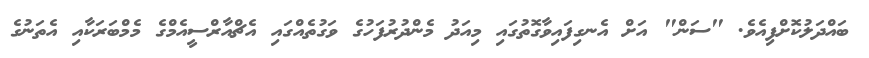
ބައްދަލުކޮށްފިއެވެ. "ސަން" އަށް އެނގިފައިވާގޮތުގައި މިއަދު މެންދުރުފަހުގެ ވަގުތެއްގައި އެޗްއާރްސީއެމްގެ މެމްބަރަކާއި އެތަނުގެ